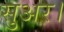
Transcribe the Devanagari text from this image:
सुअर।